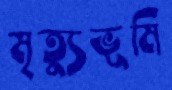
মৃত্যুভূমি